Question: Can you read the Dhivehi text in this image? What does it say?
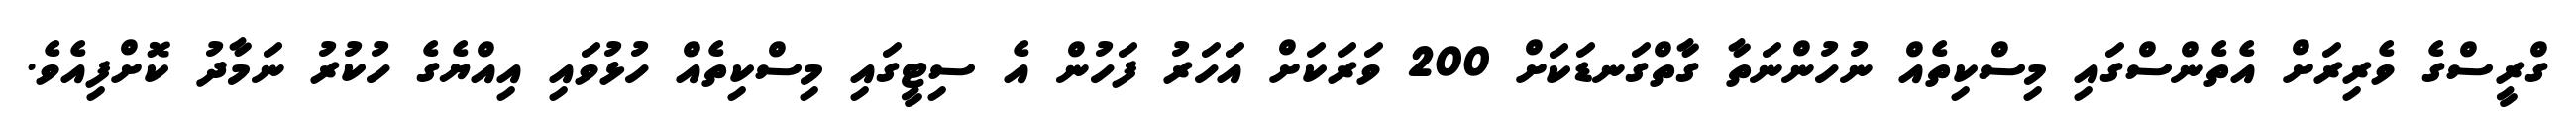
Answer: ގްރީސްގެ ވެރިރަށް އެތެންސްގައި މިސްކިތެއް ނުހުންނަތާ ގާތްގަނޑަކަށް 200 ވަރަކަށް އަހަރު ފަހުން އެ ސިޓީގައި މިސްކިތެއް ހުޅުވައި އިއްޔެގެ ހުކުރު ނަމާދު ކޮށްފިއެވެ.